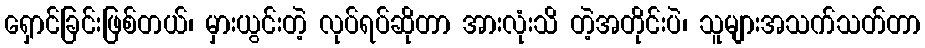
ရှောင်ခြင်းဖြစ်တယ်၊ မှားယွင်းတဲ့ လုပ်ရပ်ဆိုတာ အားလုံးသိ တဲ့အတိုင်းပဲ၊ သူများအသက်သတ်တာ